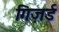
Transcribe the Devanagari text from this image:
गिज़र्ड